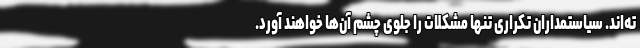
ته‌اند. سیاستمداران تکراری تنها مشکلات را جلوی چشم آن‌ها خواهند آورد.